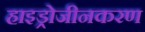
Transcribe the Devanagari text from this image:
हाइड्रोजीनकरण